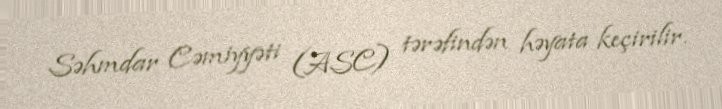
Səhmdar Cəmiyyəti (ASC) tərəfindən həyata keçirilir.